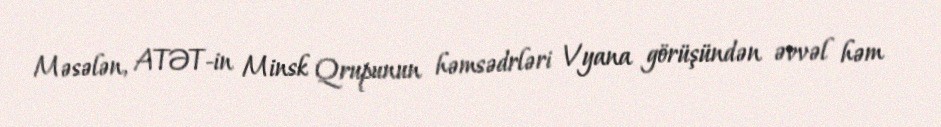
Məsələn, ATƏT-in Minsk Qrupunun həmsədrləri Vyana görüşündən əvvəl həm